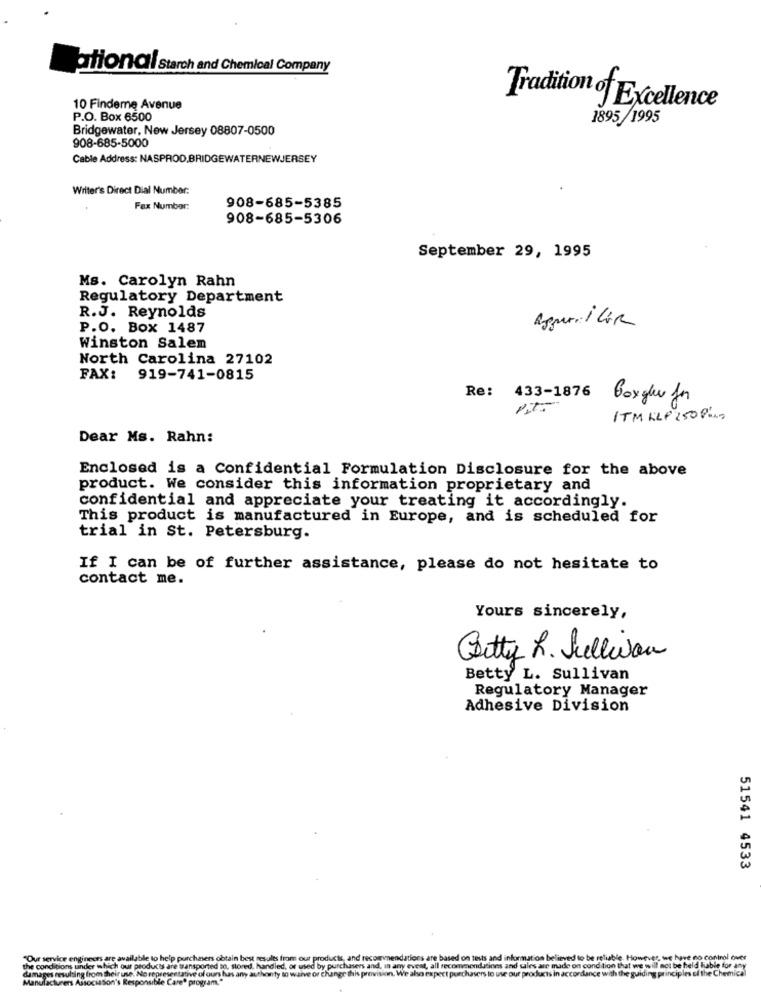
ational Starch and Chemical Company
10 Finderne Avenue
Tradition of Excellence
P.O. Box 6500
1895/1995
Bridgewater, New Jersey 08807-0500
908-685-5000
Cable Address: NASPROD.BRIDGEWATERNEWJERSEY
Writer's Direct Dial Number:
Fax Number:
908-685-5385
908-685-5306
September 29, 1995
Ms. Carolyn Rahn
Regulatory Department
R.J. Reynolds
P.O. Box 1487
Winston Salem
North Carolina 27102
FAX: 919-741-0815
Re: 433-1876
boxgler for
ITM LLP 250 Plus
Dear Ms. Rahn:
Enclosed is a Confidential Formulation Disclosure for the above
product. We consider this information proprietary and
confidential and appreciate your treating it accordingly.
This product is manufactured in Europe, and is scheduled for
trial in St. Petersburg.
If I can be of further assistance, please do not hesitate to
contact me.
Yours sincerely,
Betty R. Sullivan
Betty L. Sullivan
Regulatory Manager
Adhesive Division
51541 4533
"Our service engineers are available to help purchasers obtain best results from our products, and recommendations are based on tests
ieved to be reliable. However, we have no control over
the conditions under which our products are transported on, stored, handled, of used by purchasers and, in any event, all recommend.
damages resulting from their use. No representative of ours has any authonty to waive or change this provision. We also expect purchasers
ude on condition that we will not be held liable for any
n accordance with the guiding principles of the Chemica
for any
dim
Manufacturers Association's Responsible Care® program."